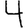
Digit: 4